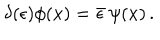
\delta ( \epsilon ) \phi ( x ) = \bar { \epsilon } \, \psi ( x ) \, .